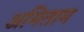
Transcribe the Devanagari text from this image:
अमिताम